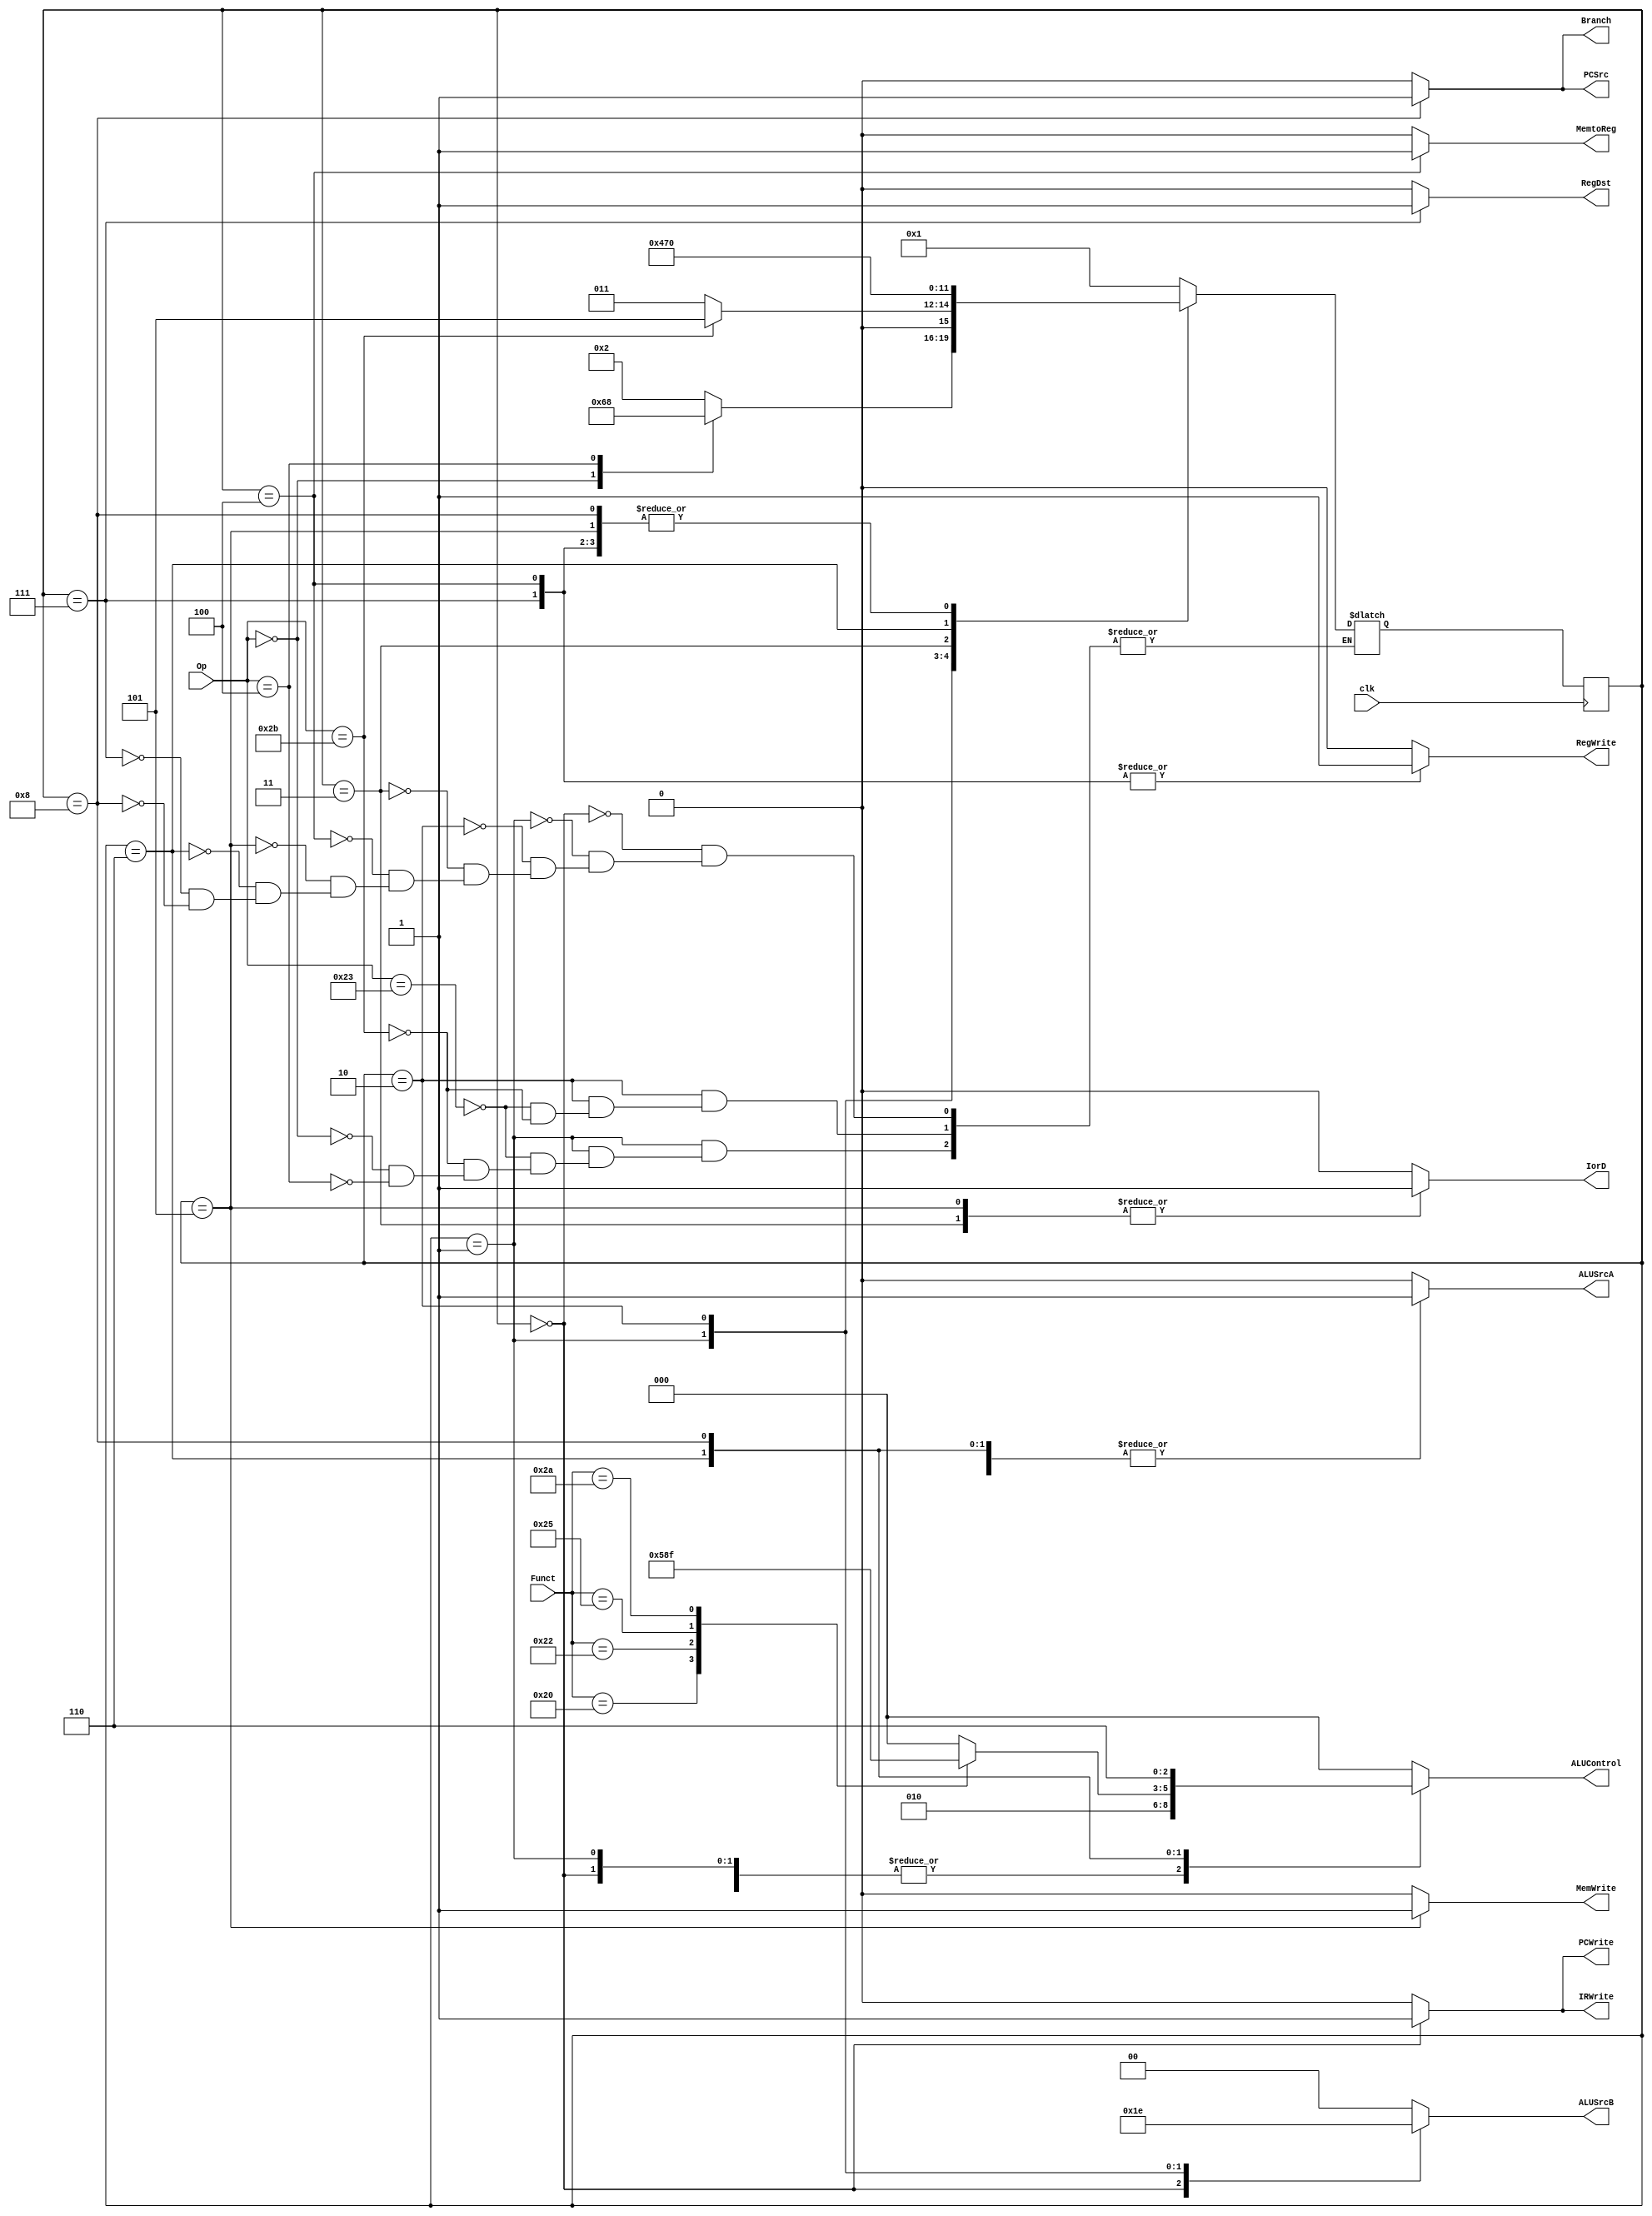
`timescale 1ns / 1ps
//////////////////////////////////////////////////////////////////////////////////
// Company: 
// Engineer: 
// 
// Design Name: 
// Module Name:    Control 
// Project Name: 
// Target Devices: 
// Tool versions: 
// Description: 
//
// Dependencies: 
//
// Revision: 
// Revision 0.01 - File Created
// Additional Comments: 
//
//////////////////////////////////////////////////////////////////////////////////
module Control(
	input  clk,
	input [5:0]Op,
	input [5:0]Funct,
	output reg RegWrite,
	output reg ALUSrcA,
	output reg[1:0] ALUSrcB,
	output reg[2:0]ALUControl,
	output reg PCSrc,
	output reg Branch,
	output reg PCWrite,
	output reg IorD,
	output reg MemWrite,
	output reg IRWrite,
	output reg RegDst,
	output reg MemtoReg
    );
	localparam S0=4'h0;
	localparam S1=4'h1;
	localparam S2=4'h2;
	localparam S3=4'h3;
	localparam S4=4'h4;
	localparam S5=4'h5;
	localparam S6=4'h6;
	localparam S7=4'h7;
	localparam S8=4'h8;
	
	localparam R=6'b000000;
	localparam LW=6'b100011;
	localparam SW=6'b101011;
	localparam BEQ=6'b000100;
	
	reg [3:0]state=0,next_state=0;
	//reg [1:0]ALUOp;
	
	always@(posedge clk)
		state<=next_state;
		
	always@(state)
	begin
		RegWrite=0;
		ALUSrcA=0;
		ALUSrcB=0;
		ALUControl=0;
		PCSrc=0;
		Branch=0;
		PCWrite=0;
		IorD=0;
		MemWrite=0;
		IRWrite=0;
		RegDst=0;
		MemtoReg=0;
		case(state)
			S0:begin//Fetch
			IorD=0;
			ALUSrcA=0;
			ALUSrcB=2'b01;
			ALUControl=3'b010;
			PCSrc=0;
			IRWrite=1;
			PCWrite=1;
			end
			S1:begin//decode
			ALUSrcA=0;
			ALUSrcB=2'b11;
			ALUControl=3'b010;
			end
			S2:begin//MemAdr
			ALUSrcA=1;
			ALUSrcB=2'b10;
			ALUControl=3'b010;
			end
			S3:begin//MemRead
			IorD=1;
			end
			S4:begin//MemWriteBack
			RegDst=0;
			MemtoReg=1;
			RegWrite=1;
			end
			S5:begin//MemWrite
			IorD=1;
			MemWrite=1;
			end
			S6:begin//Excute
			ALUSrcA=1;
			ALUSrcB=2'b00;
			case(Funct)
			6'b100000:ALUControl=3'b010;//Add 
			6'b100010:ALUControl=3'b110;//Sub
			6'b100100:ALUControl=3'b000;//And
			6'b100101:ALUControl=3'b001;//or
			6'b101010:ALUControl=3'b111;//slt
			default:ALUControl=0;
			endcase
			end
			S7:begin//ALUWriteBack
			RegDst=1;
			MemtoReg=0;
			RegWrite=1;
			end
			S8:begin//Branch
			ALUSrcA=1;
			ALUSrcB=2'b00;
			ALUControl=3'b110;
			PCSrc=1;
			Branch=1;
			end
			default:;
		endcase
	end 
	
	always@(state or Op)
	begin
	case(state)
		S0:next_state=S1;
		S1:begin
		case(Op)
			LW:next_state=S2;
			SW:next_state=S2;
			R:next_state=S6;
			BEQ:next_state=S8;
		default:;
		endcase
		end
		S2:begin
		case(Op)
			LW:next_state=S3;
			SW:next_state=S5;
		default:;
		endcase
		end
		S3:next_state=S4;
		S4:next_state=S0;
		S5:next_state=S0;
		S6:next_state=S7;
		S7:next_state=S0;
		S8:next_state=S0;
		default:;
	endcase
	end

endmodule